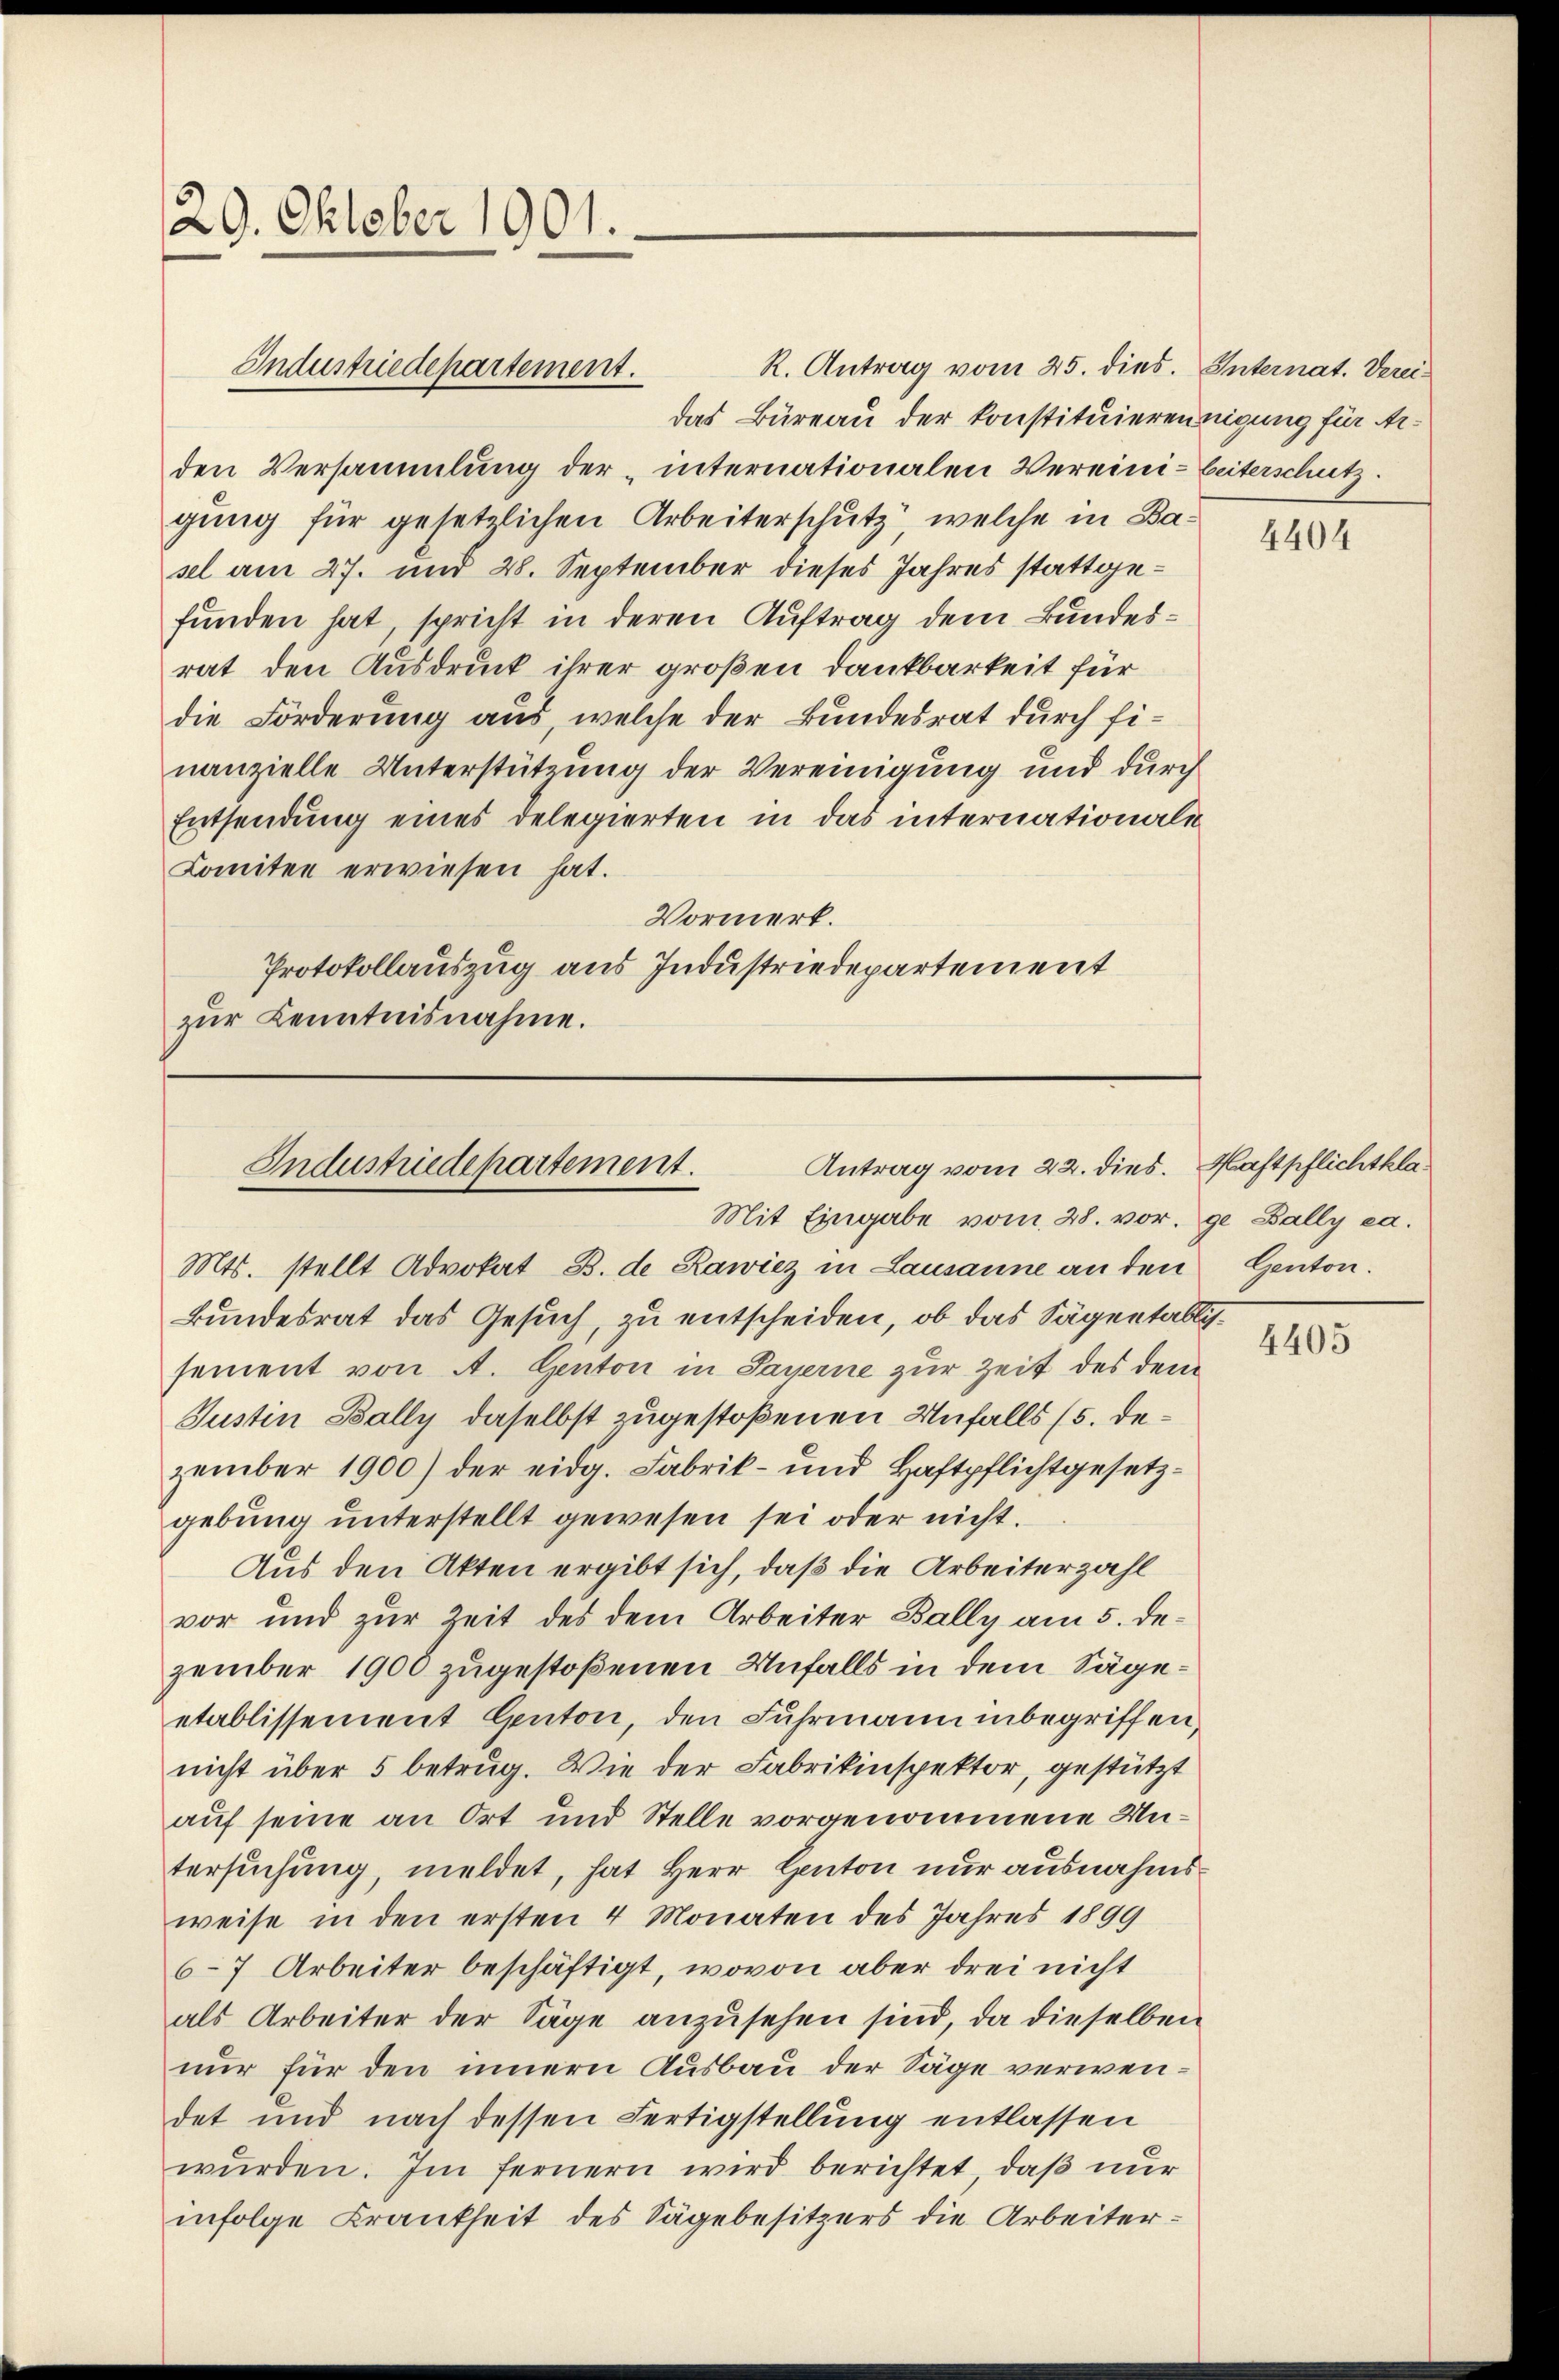
29. Oktober 1901.

Industriedepartement.

Antrag vom 22. dies. Haftpflichtkla¬
Industriedepartement.
Mit Eingabe vom 28. vor. ge Bally ca.

R. Antrag vom 25. dies. Internat. Vereidas Büreau der Konstituierennigung für Arden Versammlung der „internationalen Vereini- Beiterschutz.
gung für gesetzlichen Arbeiterschutz, welche in Basel am 27. und 28. September dieses Jahres stattgefunden hat, spricht in deren Auftrag dem Bundesrat den Ausdruck ihrer großen Dankbarkeit für
die Forderung aus, welche der Bundesrat durch finanzielle Unterstützung der Vereinigung und durch
Entsendung eines Delegierten in das internationali
Komitee erwiesen hat.
Vormerk.
Protokollauszug aus Industriedepartement
zur Kenntnisnahme.

Mts. stellt Advokat B. de Rawicz in Lausanne an den Genton.
Bundesrat das Gesuch, zu entscheiden, ob das Sagentablisement von A. Genton in Sayerne zur Zeit des dem
Justin Bally daselbst zugestoßenen Unfalls (5. Dezember 1900) der eidg. Fabrik- und Haftpflichtgesetzgebŭng ŭnterstellt gewesen sei oder nicht.
Aus den Akten ergibt sich, daß die Arbeiterzahl
vor und zur Zeit des dem Arbeiter Bally am 5. Dezember 1900 zugestoßenen Unfalls in dem Sägeetablissement Genton, den Fuhrmann inbegriffen,
nicht über 5 betrug. Wie der Fabrikinspektor, gestützt
auf seine an Ort und Stelle vorgenommene Untersuchung, meldet, hat Herr Canton nur ausnahmsweise in den ersten 4 Monaten des Jahres 1899
6-7 Arbeiter beschäftigt, wovon aber drei nicht
als Arbeiter der Säge anzusehen sind, da dieselben
nur für den innern Ausbau der Säge verwendet und nach dessen Fertigstellung entlassen
wŭrden. Im fernern wird berichtet, daß nur
infolge Krankheit des Sägebesitzers die Arbeiter¬

4404

4405